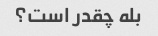
بله چقدر است؟